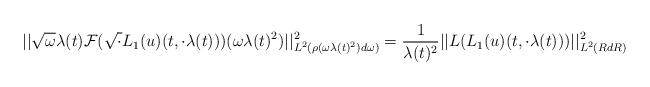
LaTeX: \begin{align*} ||\sqrt{\omega} \lambda(t) \mathcal{F}(\sqrt{\cdot} L_{1}(u)(t,\cdot \lambda(t)))(\omega \lambda(t)^{2})||_{L^{2}(\rho(\omega \lambda(t)^{2})d\omega)}^{2}&=\frac{1}{\lambda(t)^{2}}||L(L_{1}(u)(t,\cdot \lambda(t)))||_{L^{2}(R dR)}^{2}\end{align*}